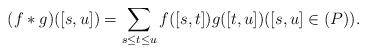
LaTeX: \begin{align*}(f* g) ( [s,u])= \sum_{s\leq t \leq u } f([s,t]) g([t,u]) ([s,u]\in (P)).\end{align*}